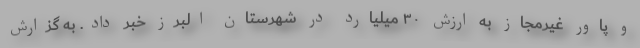
و پاور غیرمجاز به ارزش ۳۰ میلیارد در شهرستان البرز خبر داد. به گزارش